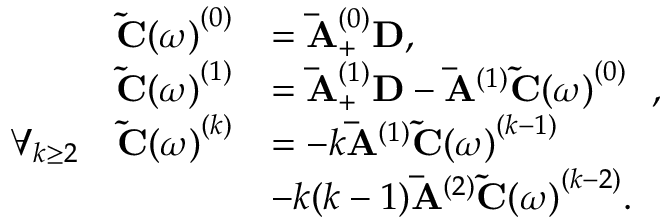
\begin{array} { r l } { \mathbf { \tilde { C } ( } \omega \mathbf { ) } ^ { ( 0 ) } } & { = \mathbf { \bar { A } } _ { + } ^ { ( 0 ) } \mathbf { D } , } \\ { \mathbf { \tilde { C } ( } \omega \mathbf { ) } ^ { ( 1 ) } } & { = \mathbf { \bar { A } } _ { + } ^ { ( 1 ) } \mathbf { D } - \mathbf { \bar { A } } ^ { ( 1 ) } \mathbf { \tilde { C } ( } \omega \mathbf { ) } ^ { ( 0 ) } \ \ , } \\ { \forall _ { k \geq 2 } \ \ \ \mathbf { \tilde { C } ( } \omega \mathbf { ) } ^ { ( k ) } } & { = - k \mathbf { \bar { A } } ^ { ( 1 ) } \mathbf { \tilde { C } ( } \omega \mathbf { ) } ^ { ( k - 1 ) } } \\ & { - k ( k - 1 ) \mathbf { \bar { A } } ^ { ( 2 ) } \mathbf { \tilde { C } ( } \omega \mathbf { ) } ^ { ( k - 2 ) } . } \end{array}